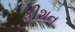
ફીશન